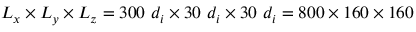
L _ { x } \times L _ { y } \times L _ { z } = 3 0 0 ~ d _ { i } \times 3 0 ~ d _ { i } \times 3 0 ~ d _ { i } = 8 0 0 \times 1 6 0 \times 1 6 0